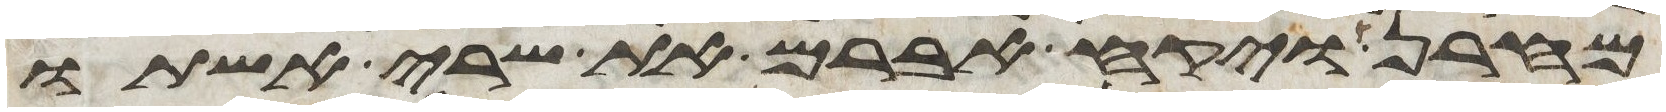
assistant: מחרן ויקח אברם את שרי אשתו